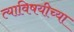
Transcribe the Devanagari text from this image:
त्याविषयीच्या